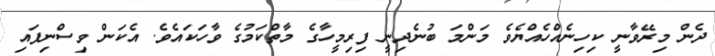
ދެން މިރޭވާނީ ކިހިނެއްހެއްޔެވެ މަންމަ ބުނެދިނީ ފިރިމީހާގެ މާތްކަމުގެ ވާހަކައެވެ. އެކަން ވިސްނިފައި